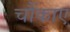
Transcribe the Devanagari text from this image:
चौंकाए